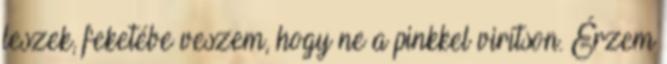
leszek, feketébe veszem, hogy ne a pinkkel virítson. Érzem